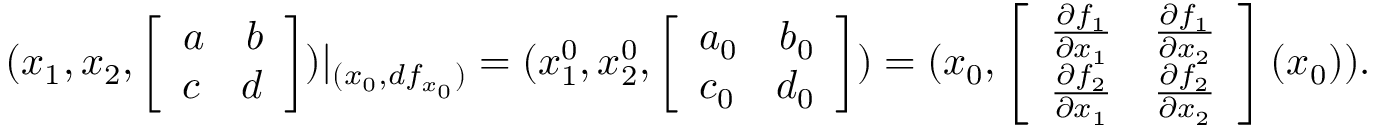
( x _ { 1 } , x _ { 2 } , \left[ \begin{array} { r } { a \ \ \ b } \\ { c \ \ \ d } \end{array} \right] ) | _ { ( { x _ { 0 } } , d f _ { x _ { 0 } } ) } = ( x _ { 1 } ^ { 0 } , x _ { 2 } ^ { 0 } , \left[ \begin{array} { r } { a _ { 0 } \ \ \ b _ { 0 } } \\ { c _ { 0 } \ \ \ d _ { 0 } } \end{array} \right] ) = ( { x _ { 0 } } , \left[ \begin{array} { r } { \frac { \partial f _ { 1 } } { \partial x _ { 1 } } \ \ \ \frac { \partial f _ { 1 } } { \partial x _ { 2 } } } \\ { \frac { \partial f _ { 2 } } { \partial x _ { 1 } } \ \ \ \frac { \partial f _ { 2 } } { \partial x _ { 2 } } } \end{array} \right] ( { x _ { 0 } } ) ) .